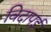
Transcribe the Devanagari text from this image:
विदापई